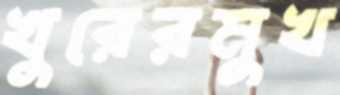
খুরেরমুখ